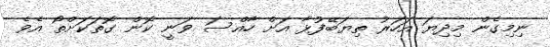
ނިމިގެން މިދިޔަ އަހަރު ތިޔަބޭފުޅާ އަށް ހާއްސަ ވަނީ ކޮން ގޮތަކަށްތޯ އެވެ